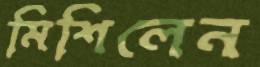
মিশিলেন